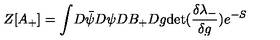
Z [ A _ { + } ] = \int \! D \bar { \psi } D \psi D B _ { + } D g \mathrm { d e t } ( \frac { \delta \lambda _ { - } } { \delta g } ) e ^ { - S }